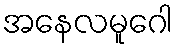
အနေလမူဂေါ